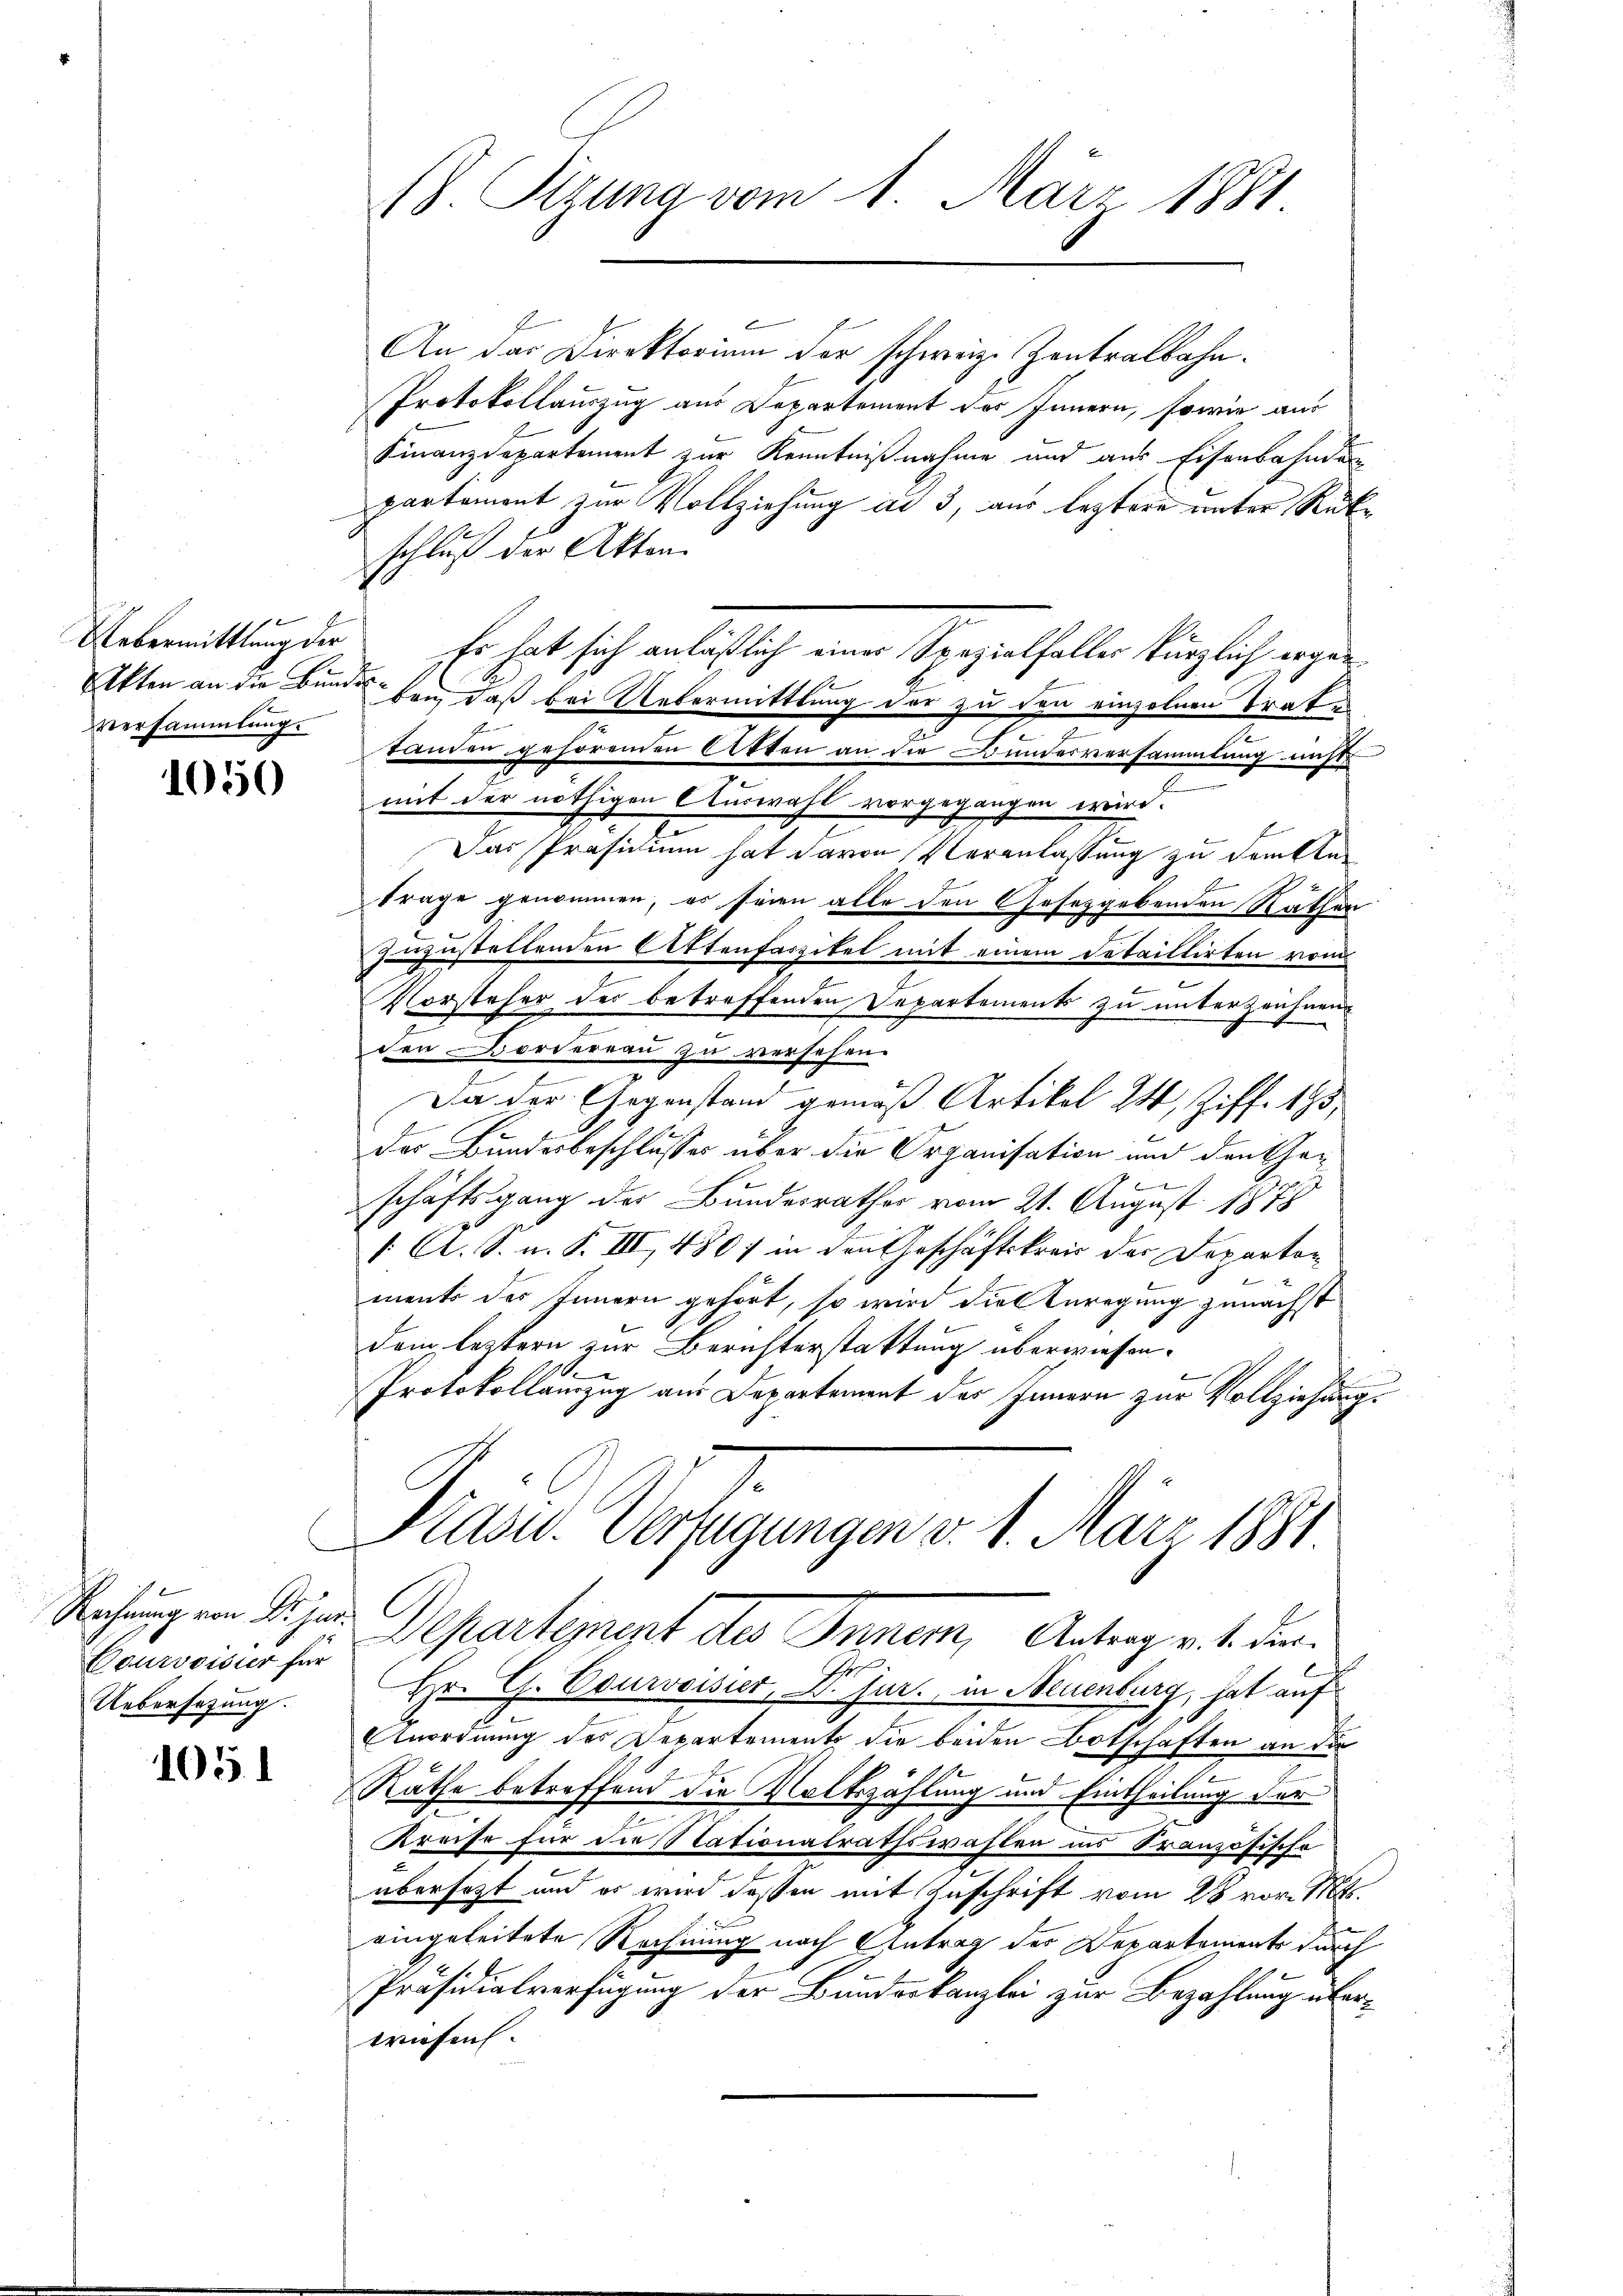
Versammlung.

1050

6
Rechnung von Dr jur.
Courvoisier für
Uebersezung.

105

An der Direktorium der schweiz. Zentralbahn.
Protokollauszug aus Departement des Innern, sowie aus
Finanzdepartement zur Kenntnißnahme und aus Eisenbahndun
partement zur Vollziehung ad 3, aus leztere unter Rükschluß der Akten.
Uebermittlung der Er hat sich anläßlich einer Spezialfaller kürzlich ergän¬
Akten an die Bundeten, daß bei Untermittlung der zu den einzelnen Trate
tanden gehörenden Akten an die Bundesversammlung nichts
mit der nöthigen Auswahl vorgegangen wird.
Das Präsidium hat davon Veranlassung zu dritte
trage genommen, es seien alle den Gesetzgebenden Rathen
zuzustellenden Aktenfaszikel mit einem Detaillirten vom
.
d
Vorsteher des betreffenden Departements zu unterzeichnen
den orderrau zu versehen.
Da der Gegenstand gemäß Artikel 24, Ziff. 195
des Bundesbeschlusses über die Organisation und den Ge¬

schäftsgang der Bundesrathes vom 21. August 1878
[ A. S. n. F. III, 4807 in den Geschäftskreis der Departon
ment des Innern gehört, so wird die Anregung zunächst
dem leztern zur Berichterstattung überwiesen.
.
n
Protokollamzug aus Departement des Innern zur Vollziehung.
Präsid.. Verfügungen v. 1. März 1891
Departement des Innem, Antrag v. 1. d.
Hr. C. Courvoisier, Dr. Jur. in Neuenburg, hat auf
Anordnung des Departements die beiden Botschaften an die
Räthe betreffend die Volkszählung und Eintheilung der
Kreise für die Stationalrathswahlen ins Französische
übersezt und es wird dessen mit Zuschrift vom 28 vor. Mts.
eingeleitete Rechnung nach Antrag der Departements durch
Präsidialverfügung der Bauderkanzlei zur Bezahlung überwiesen.

(8. Rizung vom 1. März 1881.